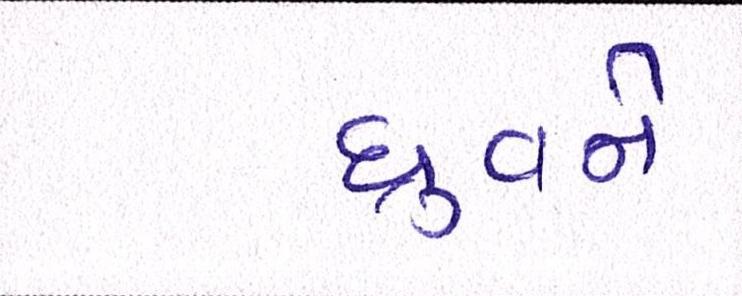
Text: ધ્રુવને